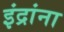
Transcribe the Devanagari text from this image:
इंद्रांना